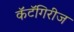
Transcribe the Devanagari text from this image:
कॅटॅगिरीज